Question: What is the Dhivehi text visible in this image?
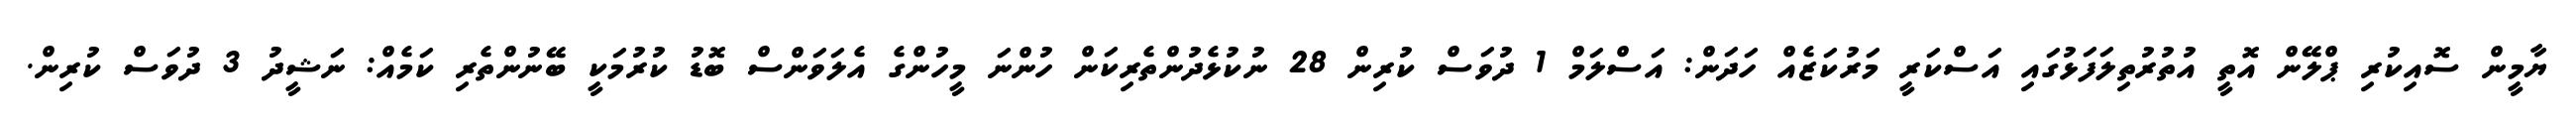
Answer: ޔާމީން ސޮއިކުރި ޕްލޭން އޮތީ އުތުރުތިލަފަޅުގައި އަސްކަރީ މަރުކަޒެއް ހަދަން: އަސްލަމް 1 ދުވަސް ކުރިން 28 ނުކުޅެދުންތެރިކަން ހުންނަ މީހުންގެ އެލަވަންސް ބޮޑު ކުރުމަކީ ބޭނުންތެރި ކަމެއް: ނަޝީދު 3 ދުވަސް ކުރިން.